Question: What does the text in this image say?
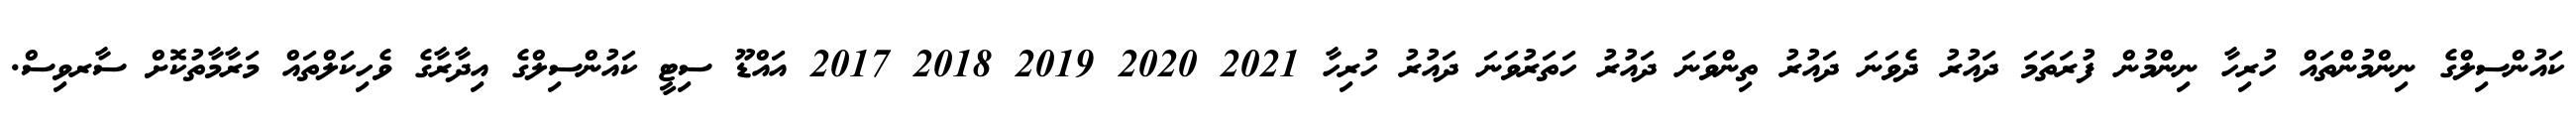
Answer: ކައުންސިލްގެ ނިންމުންތައް ހުރިހާ ނިންމުން ފުރަތަމަ ދައުރު ދެވަނަ ދައުރު ތިންވަނަ ދައުރު ހަތަރުވަނަ ދައުރު ހުރިހާ 2021 2020 2019 2018 2017 އައްޑޫ ސިޓީ ކައުންސިލްގެ އިދާރާގެ ވެހިކަލްތައް މަރާމާތުކޮށް ސާރވިސް.